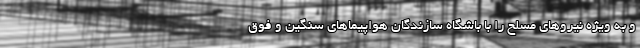
و به ویژه نیروهای مسلح را با باشگاه سازندگان هواپیماهای سنگین و فوق